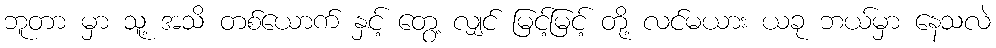
ဘူတာ မှာ သူ့ အသိ တစ်ယောက် နှင့် တွေ့ လျှင် မြင့်မြင့် တို့ လင်မယား ယခု ဘယ်မှာ နေသလဲ